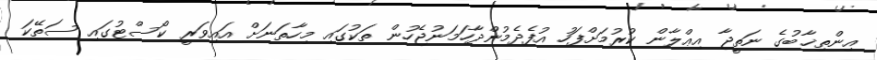
އިންތިޚާބުގެ ނަތީޖާ އިޢްލާން ކުރުމަށްފަހު އުފެދެމުންދާހަމަނުޖެހުން ތަކުގައި މިހާތަނަށް އައިވަރީ ކޯސްޓުގައި ސަތޭކަ